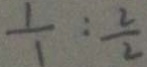
\frac { 1 } { 1 } : \frac { 2 } { 2 }